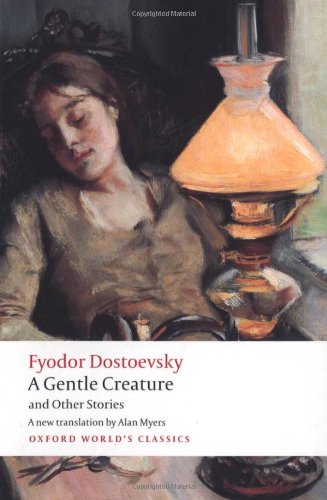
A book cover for A Gentle Creature and Other Stories: White Nights; A Gentle Creature; The Dream of a Ridiculous Man (Oxford World's Classics); Fyodor Dostoevsky; Literature & Fiction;